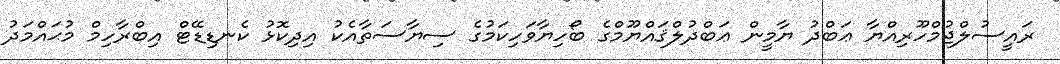
ރައީސުލްޖުމްހޫރިއްޔާ ޢަބްދު ޔާމީން ޢަބްދުލްޤައްޔޫމްގެ ބޯހިޔާވަހިކަމުގެ ސިޔާސަތާއެކު އިދިކޮޅު ކެނޑިޑޭޓް އިބްރާހިމް މުޙައްމަދު